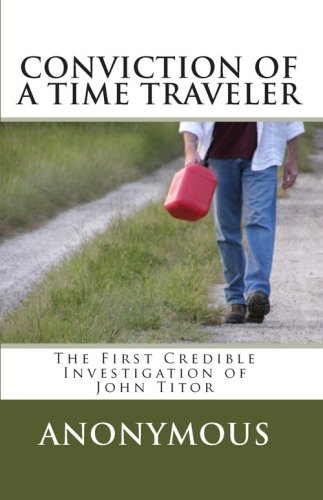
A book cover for Conviction of a Time Traveler; Anonymous; Humor & Entertainment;